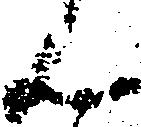
ん